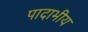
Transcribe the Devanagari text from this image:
पादाभीय